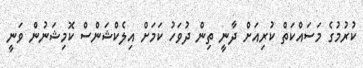
ކުރުމުގެ މަސައްކަތް ކުރިއަށް ދާނީ ތިން ދުވަހު ކަމަށް އިލެކްޝަންސް ކޮމިޝަނުން ވަނީ